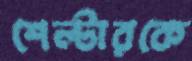
শেল্টারকে